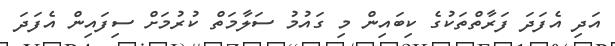
އަދި އެފަދަ ފަރާތްތަކުގެ ކިބައިން މި ގައުމު ސަލާމަތް ކުރުމަށް ސިފައިން އެފަދަ